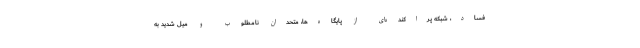
فساد، شبکه پراکنده‌ای از پایگاه‌ها، متحدان نامطلوب و میل شدید به